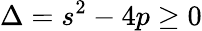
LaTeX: \Delta=s^{2}-4p\ge 0